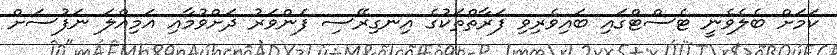
ކަމަށް ބެލެވެނީ ޓެސްޓްގައި ބައިވެރިވި ފަރާތްތަކުގެ އިނގިރޭސި ފެންވަރު ދަށްވުމާއި އަމިއްލަ ނަފުސަށް